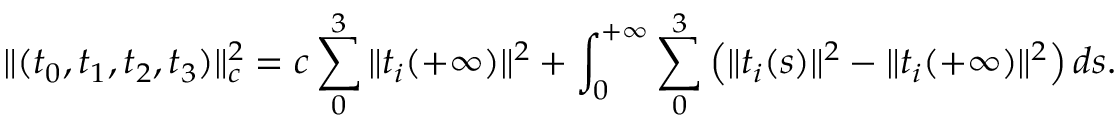
\| ( t _ { 0 } , t _ { 1 } , t _ { 2 } , t _ { 3 } ) \| _ { c } ^ { 2 } = c \sum _ { 0 } ^ { 3 } \| t _ { i } ( + \infty ) \| ^ { 2 } + \int _ { 0 } ^ { + \infty } \sum _ { 0 } ^ { 3 } \left( \| t _ { i } ( s ) \| ^ { 2 } - \| t _ { i } ( + \infty ) \| ^ { 2 } \right) d s .